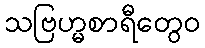
သဗြဟ္မစာရီတွေဝ